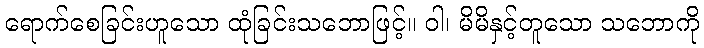
ရောက်စေခြင်းဟူသော ထုံခြင်းသဘောဖြင့်။ ဝါ၊ မိမိနှင့်တူသော သဘောကို